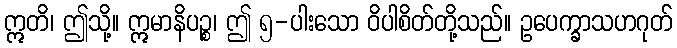
ဣတိ၊ ဤသို့။ ဣမာနိပဉ္စ၊ ဤ ၅-ပါးသော ဝိပါစိတ်တို့သည်။ ဥပေက္ခာသဟဂုတ်